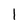
Character: 1